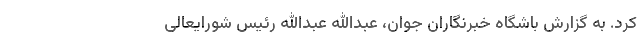
کرد. به گزارش باشگاه خبرنگاران جوان، عبدالله عبدالله رئیس شورایعالی